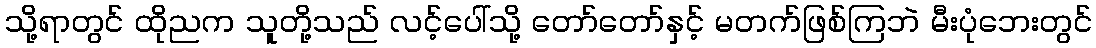
သို့ရာတွင် ထိုညက သူတို့သည် လင့်ပေါ်သို့ တော်တော်နှင့် မတက်ဖြစ်ကြဘဲ မီးပုံဘေးတွင်